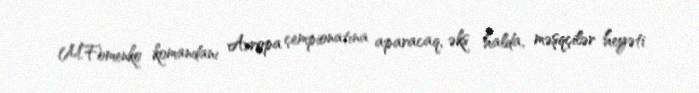
M.Fomenko komandanı Avropa çempionatına aparacaq, əks halda, məşqçilər heyəti